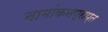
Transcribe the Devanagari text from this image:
नामांकनप्राप्त